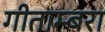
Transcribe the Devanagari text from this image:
गीताम्बरा